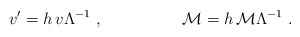
\begin{align*}v ' = h \,v \Lambda ^{-1} \ , \hskip 2 cm {\cal M} = h \, {\cal M} \Lambda^{-1} \ .\end{align*}